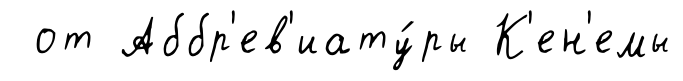
от Аббр'ев'иату́ры К'ен'емы